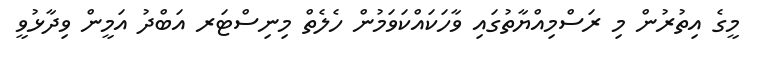
މީގެ އިތުރުން މި ރަސްމިއްޔާތުގައި ވާހަކަައްކަވަމުން ހެލެތް މިނިސްޓަރ އަބްދު އަމީން ވިދާޅުވީ